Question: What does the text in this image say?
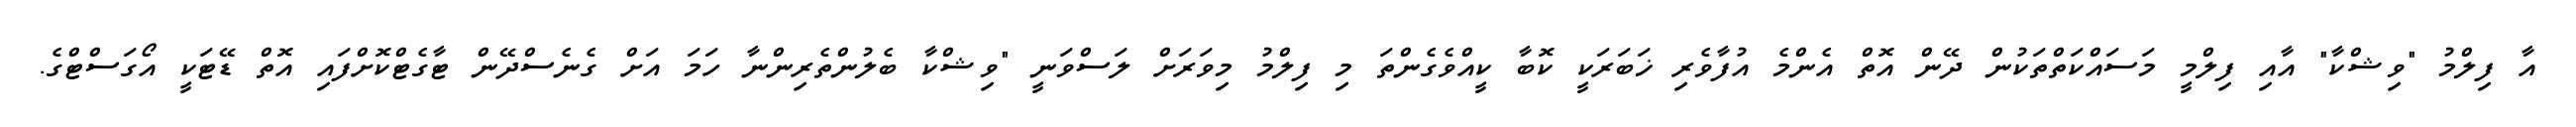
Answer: އާ ފިލްމު "ވިޝްކާ" އާއި ފިލްމީ މަސައްކަތްތަކުން ދޭން އޮތް އެންމެ އުފާވެރި ޚަބަރަކީ ކޮބާ ކީއްވެގެންތަ މި ފިލްމު މިވަރަށް ލަސްވަނީ "ވިޝްކާ ބެލުންތެރިންނާ ހަމަ އަށް ގެނެސްދޭން ޓާގެޓްކޮށްފައި އޮތް ޑޭޓަކީ އޯގަސްޓްގެ.